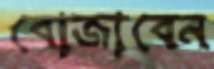
বোজাবেন